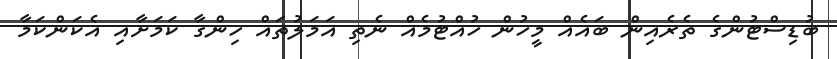
ބުޑިސްޓުންގެ ތެރެއިން ބައެއް މީހުން ހުއްޓުމެއް ނެތި އަމަލުތައް ހިންގާ ކަމަށާއި އެކަންކަމާ